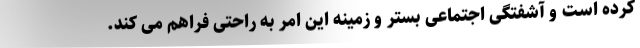
کرده است و آشفتگی اجتماعی بستر و زمینه این امر به راحتی فراهم می کند.